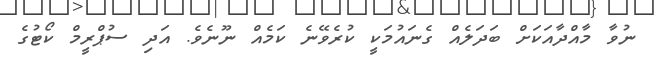
ނުވާ މާއްދާއަކަށް ބަދަލެއް ގެނައުމަކީ ކުރެވޭނެ ކަމެއް ނޫނެވެ. އަދި ސުޕްރީމް ކޯޓުގެ